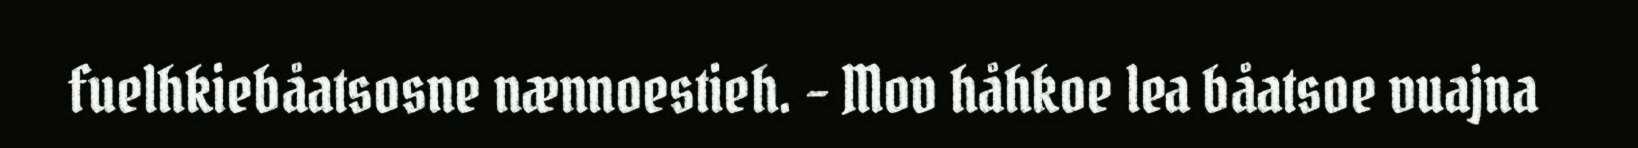
fuelhkiebåatsosne nænnoestieh. – Mov håhkoe lea båatsoe vuajna